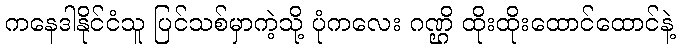
ကနေဒါနိုင်ငံသူ ပြင်သစ်မှာကဲ့သို့ ပုံကလေး ဂဏ္ဌိ ထိုးထိုးထောင်ထောင်နဲ့